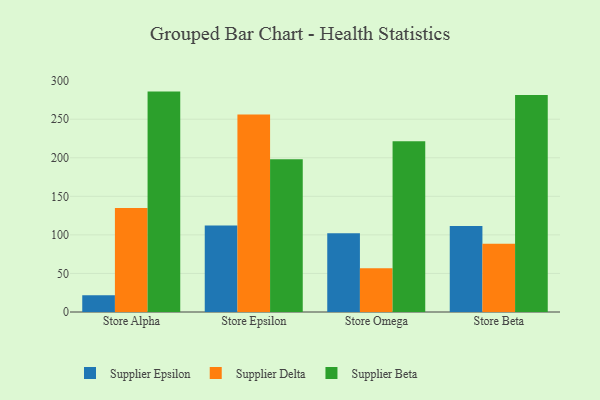
{"axis": {"x": "Store", "y": "Temperature (°C)"}, "legend": ["Supplier Beta", "Supplier Delta", "Supplier Epsilon"], "data": [{"x": "Store Alpha", "y": 21.6, "type": "Supplier Epsilon"}, {"x": "Store Alpha", "y": 134.7, "type": "Supplier Delta"}, {"x": "Store Alpha", "y": 285.8, "type": "Supplier Beta"}, {"x": "Store Epsilon", "y": 112.3, "type": "Supplier Epsilon"}, {"x": "Store Epsilon", "y": 256.0, "type": "Supplier Delta"}, {"x": "Store Epsilon", "y": 198.0, "type": "Supplier Beta"}, {"x": "Store Omega", "y": 102.0, "type": "Supplier Epsilon"}, {"x": "Store Omega", "y": 56.7, "type": "Supplier Delta"}, {"x": "Store Omega", "y": 221.4, "type": "Supplier Beta"}, {"x": "Store Beta", "y": 111.4, "type": "Supplier Epsilon"}, {"x": "Store Beta", "y": 88.6, "type": "Supplier Delta"}, {"x": "Store Beta", "y": 281.4, "type": "Supplier Beta"}]}